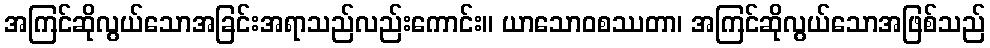
အကြင်ဆိုလွယ်သောအခြင်းအရာသည်လည်းကောင်း။ ယာသောဝစဿတာ၊ အကြင်ဆိုလွယ်သောအဖြစ်သည်